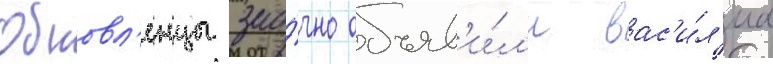
Обновл'енцы зао́чно объяв'и́л'и вас'и́л'иа